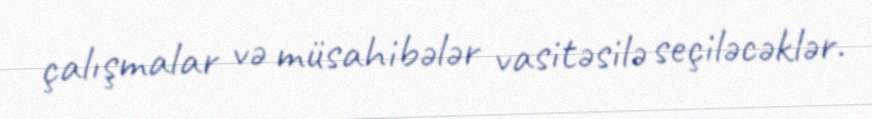
çalışmalar və müsahibələr vasitəsilə seçiləcəklər.